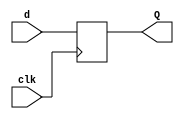
module Simple_Register #(parameter DW = 32)(
input clk,
input [DW-1:0] d, 
output reg [DW-1:0] Q
);

always @ (posedge clk)
      Q <= d;
		
endmodule